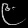
Digit: ၉